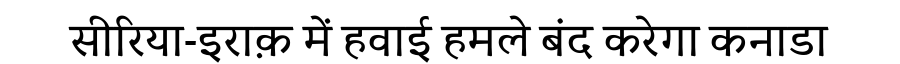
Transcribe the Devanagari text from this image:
सीरिया-इराक़ में हवाई हमले बंद करेगा कनाडा